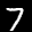
Label: 7